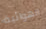
الهوائية